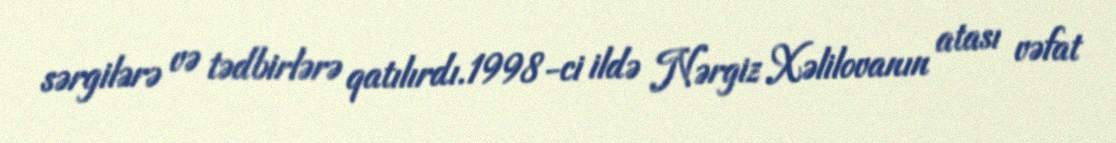
sərgilərə və tədbirlərə qatılırdı.1998-ci ildə Nərgiz Xəlilovanın atası vəfat